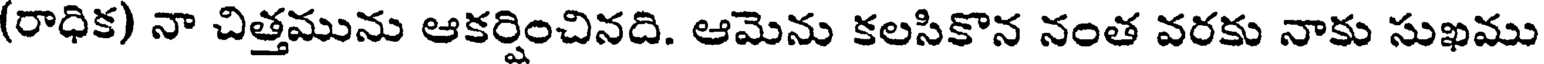
(రాధిక) నా చిత్తమును ఆకర్షించినది. ఆమెను కలసికొన నంత వరకు నాకు సుఖము